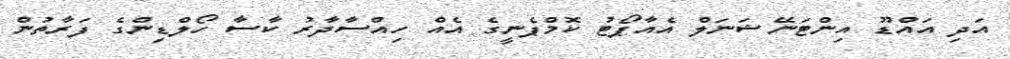
އަދި އައްޑޫ އިންޓަނޭޝަނަލް އެއާޕޯޓު ކޮމްޕެނީގެ އެއްް ހިއްސާދާރު ކާސާ ހޯލްޑިންގެ ފަރާތުން